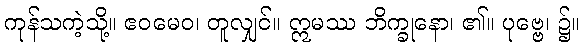
ကုန်သကဲ့သို့။ ဧဝမေဝ၊ တူလျှင်။ ဣမဿ ဘိက္ခုနော၊ ၏။ ပုဗ္ဗေ၊ ၌။